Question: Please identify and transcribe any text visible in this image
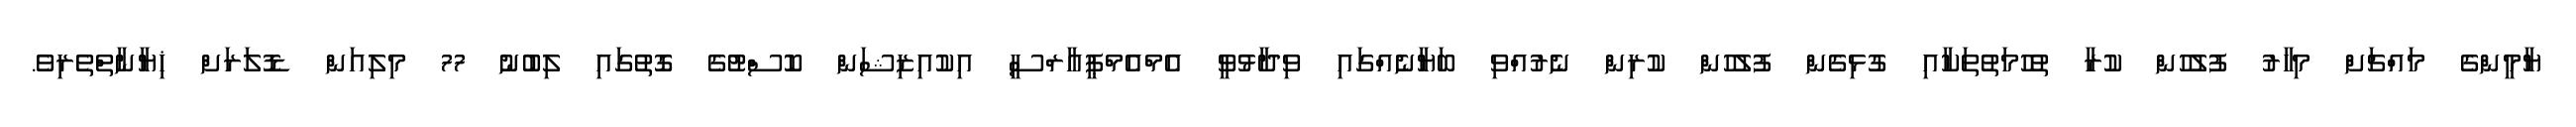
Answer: ޔާމީންގެ މައްޗަށް މިހާރު ފުލުހުން ކުރާ ތުހުމަތުތަކާއި ގުޅިގެން ފުލުހުން ކުރިން ނެރުއްވި ބަޔާނެއްގައި ވިދާޅުވީ އެމްއެމްޕީއާރްސީ އިކުއިޒިޝަން ކޮސްޓުގެ ގޮތުގައި ލިބުނު 77 މިލިއަން ޑޮލަރަށް ޚިޔާނާތްތެރިވެ.